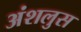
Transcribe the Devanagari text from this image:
अंशलुस